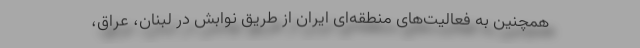
همچنین به فعالیت‌های منطقه‌ای ایران از طریق نوابش در لبنان، عراق،